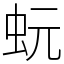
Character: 蚖